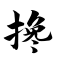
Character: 搀